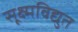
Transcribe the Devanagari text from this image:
सूक्ष्मविद्युत